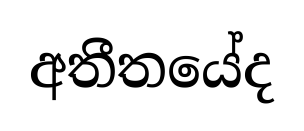
අතීතයේද